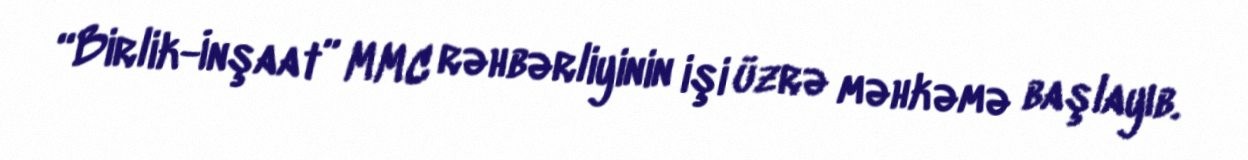
“Birlik-İnşaat” MMC rəhbərliyinin işi üzrə məhkəmə başlayıb.